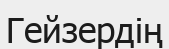
Гейзердің